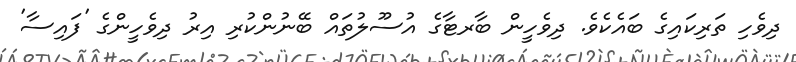
ދިވެހި ތަރިކައިގެ ބައެކެވެ. ދިވެހީން ބާރޓާގެ އުސޫލުތައް ބޭނުންކުރި އިރު ދިވެހީންގެ 'ފައިސާ'